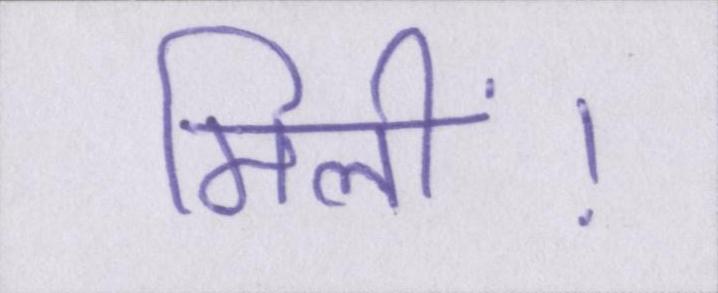
मिलीं।